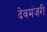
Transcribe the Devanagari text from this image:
देवमंजरी